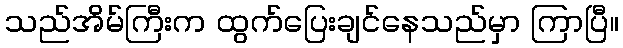
သည်အိမ်ကြီးက ထွက်ပြေးချင်နေသည်မှာ ကြာပြီ။